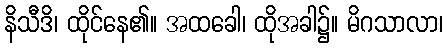
နိသီဒိ၊ ထိုင်နေ၏။ အထခေါ၊ ထိုအခါ၌။ မိဂသာလာ၊